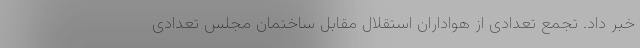
خبر داد. تجمع تعدادی از هواداران استقلال مقابل ساختمان مجلس تعدادی